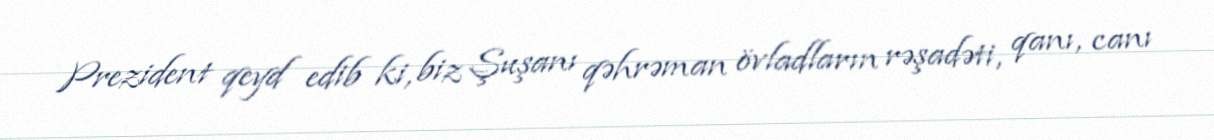
Prezident qeyd edib ki, biz Şuşanı qəhrəman övladların rəşadəti, qanı, canı